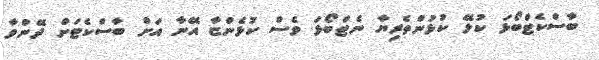
ބާސްކެޓްބޯޅަ ކުޅޭ ކުޅުންތެރިޔާ ނެޓްބޯޅަ ވެސް ކުޅެންޏާ އޭނާ އަށް ބާސްކެޓަށް ދޭންވާ